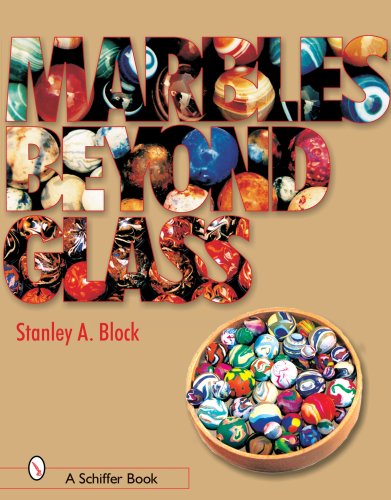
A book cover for Marbles Beyond Glass; Stanley A. Block; Crafts, Hobbies & Home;